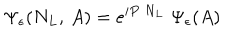
LaTeX: \Psi _ { \epsilon } ( N _ { L } , \, A ) = e ^ { { i } P \; N _ { L } } \; \Psi _ { \epsilon } ( A )